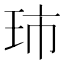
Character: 𮴋